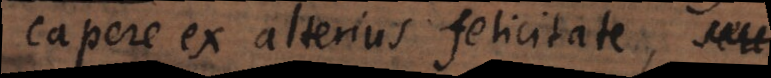
capere ex alterius felicitate.